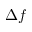
\Delta f